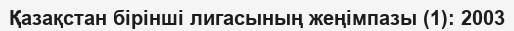
Қазақстан бірінші лигасының жеңімпазы (1): 2003